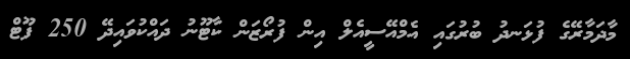
މާދަމާރޭގެ ފުޅަނދު ބުރުގައި އެމްއޭސީއެލް އިން ފުރޯޒަން ކާޓޫނު ދައްކުވައިދޭ 250 ފޫޓް